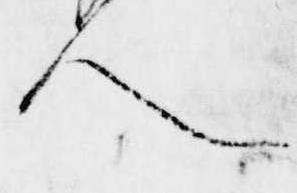
人